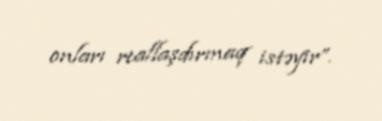
onları reallaşdırmaq istəyir”.